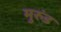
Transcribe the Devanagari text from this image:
मुरुंड